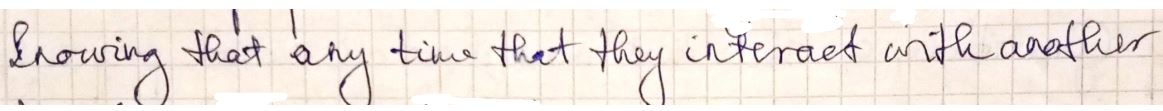
knowing that any time that they interact with another